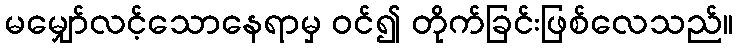
မမျှော်လင့်သောနေရာမှ ဝင်၍ တိုက်ခြင်းဖြစ်လေသည်။